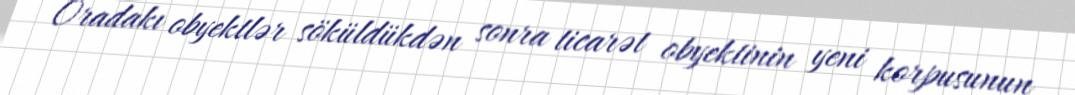
Oradakı obyektlər söküldükdən sonra ticarət obyektinin yeni korpusunun